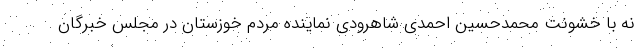
نه با خشونت محمدحسین احمدی شاهرودی نماینده مردم خوزستان در مجلس خبرگان